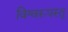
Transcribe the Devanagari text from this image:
विश्वरूपस्तु